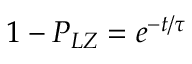
1 - P _ { L Z } = e ^ { - t / \tau }